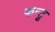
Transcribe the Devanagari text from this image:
फन्टू